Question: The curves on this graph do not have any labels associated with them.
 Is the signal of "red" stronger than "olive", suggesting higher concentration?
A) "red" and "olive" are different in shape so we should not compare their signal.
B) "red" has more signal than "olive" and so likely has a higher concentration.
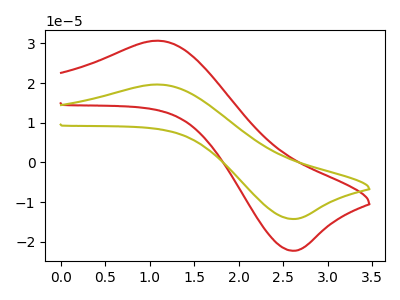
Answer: <think>The red curve "red" has an anodic peak at (1.10V, 30.65uA) and a cathodic peak at (2.60V, -22.20uA). The olive curve "olive" has an anodic peak at (1.10V, 19.65uA) and a cathodic peak at (2.60V, -14.20uA).
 All the peaks in "red" have a peak in "olive" at the same potential. Every peak in "red" is higher than every peak in "olive".</think>
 <answer>B) "red" has more signal than "olive" and so likely has a higher concentration.</answer>
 <eval>B</eval>